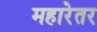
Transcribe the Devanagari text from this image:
महारेतर